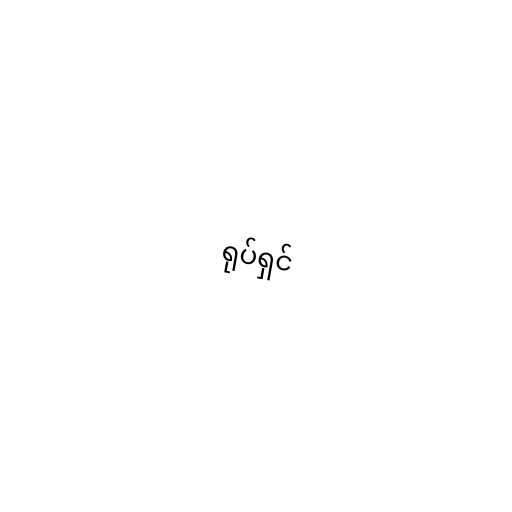
ရုပ်ရှင်